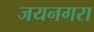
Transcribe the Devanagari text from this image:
जयनगरा